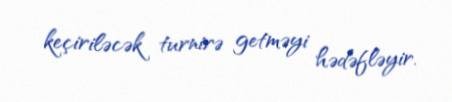
keçiriləcək turnirə getməyi hədəfləyir.